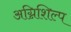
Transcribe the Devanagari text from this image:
अग्निशिल्प